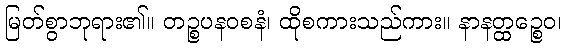
မြတ်စွာဘုရား၏။ တဉ္စပနဝစနံ၊ ထိုစကားသည်ကား။ နာနတ္ထဉ္စေဝ၊